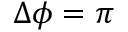
\Delta \phi = \pi